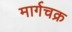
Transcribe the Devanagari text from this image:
मार्गचक्र